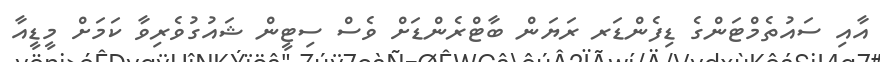
އާއި ސައުތެމްޓަންގެ ޑިފެންޑަރ ރަޔަން ބާޓްރެންޑަށް ވެސް ސިޓީން ޝައުގުވެރިވާ ކަމަށް މީޑީއާ